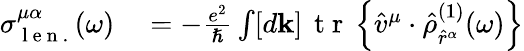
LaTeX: \begin{array}{rl}{\sigma_{\mathrm{~l~e~n~.~}}^{\mu\alpha}(\omega)}&{{}=-\frac{e^{2}}{\hslash}\int[d\mathbf{k}]\, \mathrm{~t~r~}\left\{ \hat{v}^{\mu}\cdot\hat{\rho}_{\hat{r}^{\alpha}}^{(1)}(\omega)\right\} }\end{array}